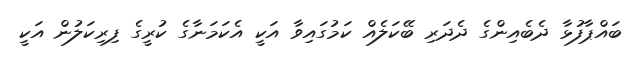
ބައްޕާފުޅާ ދެބެއިންގެ ދެދަރި ބޭކަލެއް ކަމުގައިވާ އަކީ އެކަމަނާގެ ކުރީގެ ފިރިކަލުން އަކީ